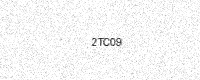
Text: 2TC09